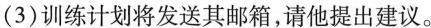
(3)训练计划将发送其邮箱，请他提出建议。